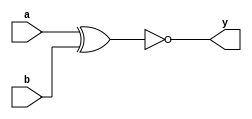
module xnor_gate_df(a,b,y);
input a,b;
output wire y;
assign y = ~(a^b);
endmodule